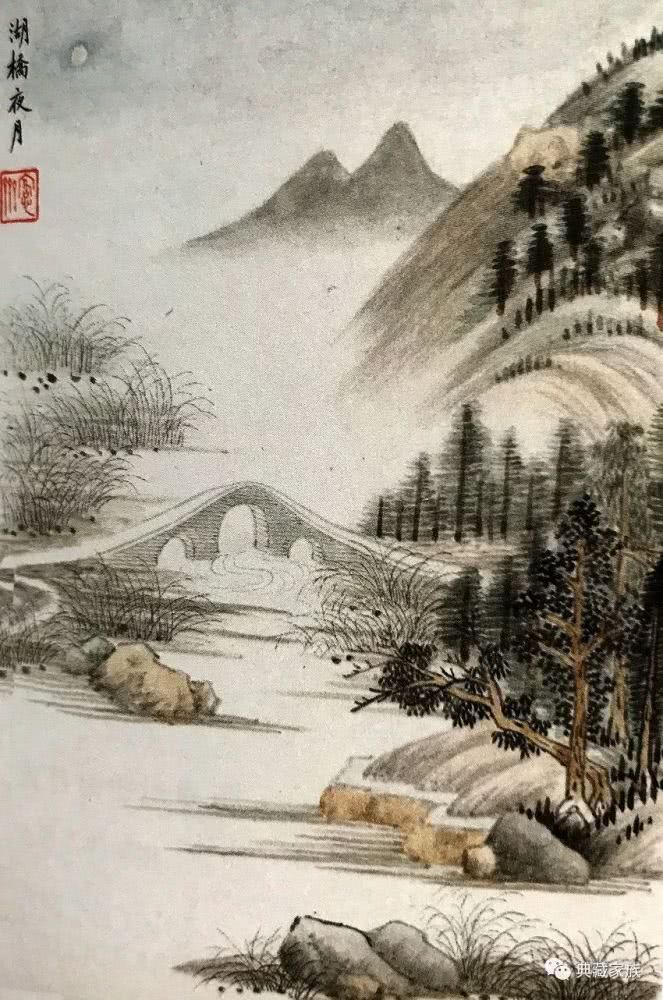
清谈可以饱，梦想接无由。